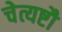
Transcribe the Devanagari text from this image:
चेत्यष्टौ